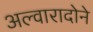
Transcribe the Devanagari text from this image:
अल्वारादोने